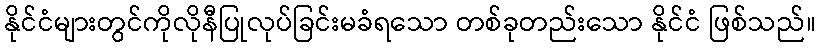
နိုင်ငံများတွင်ကိုလိုနီပြုလုပ်ခြင်းမခံရသော တစ်ခုတည်းသော နိုင်ငံ ဖြစ်သည်။